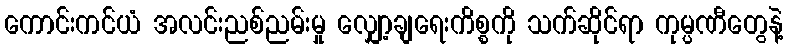
ကောင်းကင်ယံ အလင်းညစ်ညမ်းမှု လျှော့ချရေးကိစ္စကို သက်ဆိုင်ရာ ကုမ္ပဏီတွေနဲ့